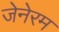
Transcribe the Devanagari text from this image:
जेनेरम